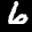
Label: 6